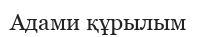
Адами құрылым